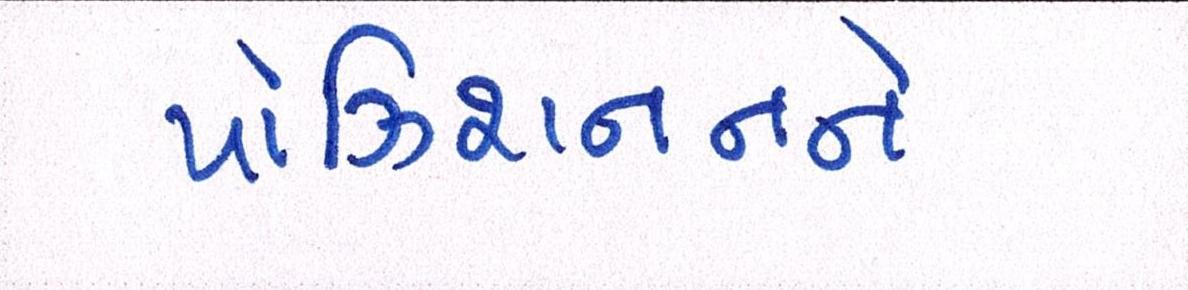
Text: પોઝિશનનને